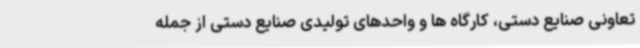
تعاونی صنایع دستی، کارگاه ها و واحدهای تولیدی صنایع دستی از جمله